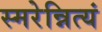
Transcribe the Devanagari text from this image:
स्मरेन्नित्यं